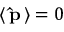
\left\langle \, \mathbf { \hat { p } } \, \right\rangle = 0